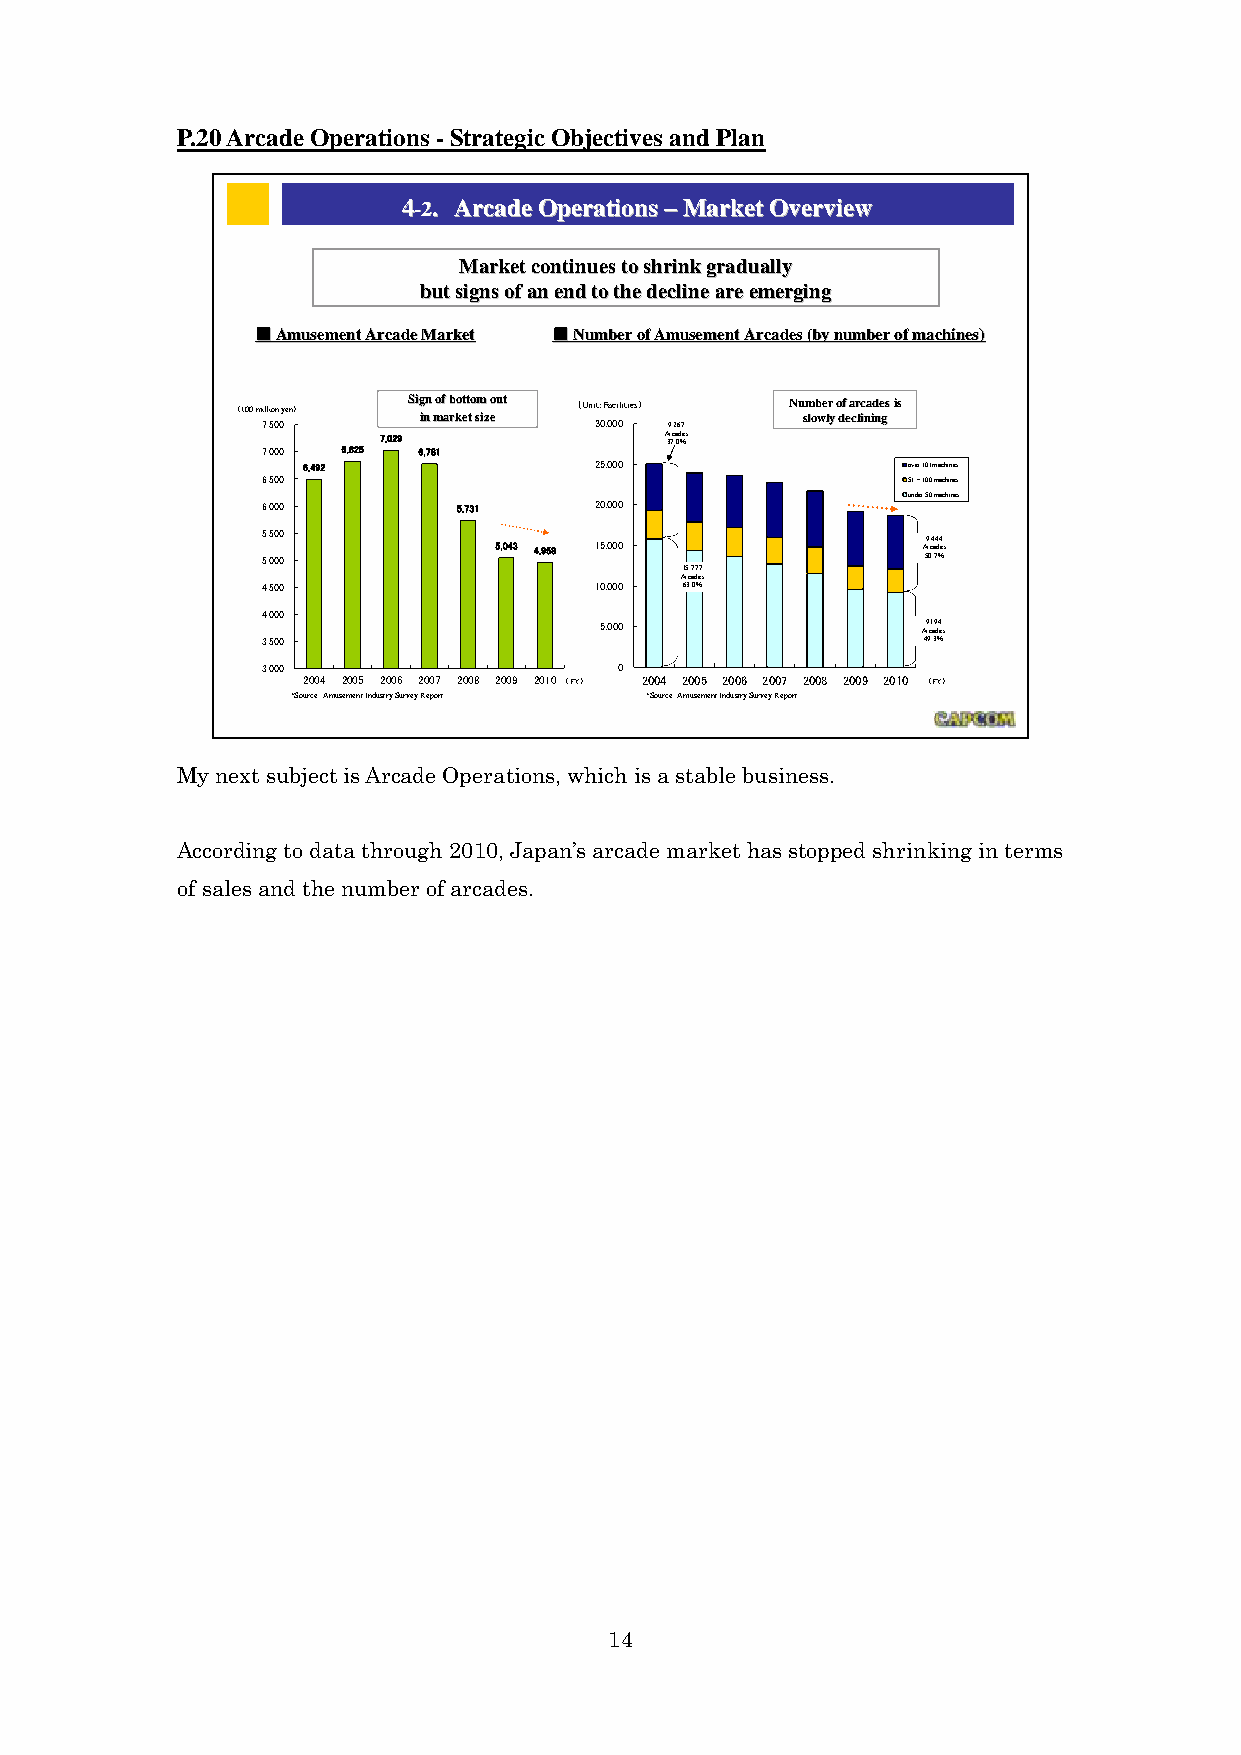
P.20 Arcade Operations - Strategic Objectives and Plan
 44--22.. AArrccaaddee OOppeerraattiioonnss ––MMaarrkkeett OOvveerrvviieeww
 MMaarrkkeett ccoonnttiinnuueess ttoo sshhrriinnkk ggrraadduuaallllyy
 bbuutt ssiiggnnss ooff aann eenndd ttoo tthhee ddeecclliinnee aarree eemmeerrggiinngg
 ■■AAmmuusseemmeenntt AArrccaaddee MMaarrkkeett ■■NNuummbbeerr ooff AAmmuusseemmeenntt AArrccaaddeess ((bbyy nnuummbbeerr ooff mmaacchhiinneess))
 （100 mi 7ll ,i 5o 0n 0 yen） SSiigg iinnnn mmooff aa bb rro ko ktt eett ttoo ssmm iizz eo eouutt （Uni 3t: 0 F ,0a 0ci 0lities） 9,267 NNuu ssmm lloobb wwee llrr yy o o ddff e e aa ccrr lliicc nnaa iidd nnee ggss iiss
 7,000 6,825
 7,029
 6,781
 A 3r 7c .a 0d ％es
 6,492              25,000               over 101machines
 6,500                                      51～100 machines
 under 50 machines
 6,000        5,731    20,000
 5,500
 5,000
 5,043 4,958 15,000          A 59 r 0, c4 .a 74 d ％4 es
 15,777
 Arcades
 4,500                 10,000 63.0％
 4,000
 5,000                A9 r, c1 a9 d4 es
 3,500                                       49.3％
 3,000                   0
 2004 2005 2006 2007 2008 2009 2010 （FY） 2004 2005 2006 2007 2008 2009 2010 （FY）
 *Source: Amusement Industry Survey Report *Source: Amusement Industry Survey Report
 2211
 Capcom Public Relations & Investor Relations Section
 My next subject is Arcade Operations, which is a stable business.
 According to data through 2010, Japan’s arcade market has stopped shrinking in terms
 of sales and the number of arcades.
 14